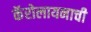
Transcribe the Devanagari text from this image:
कॅरोलायनाची